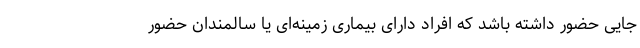
جایی حضور داشته باشد که افراد دارای بیماری زمینه‌ای یا سالمندان حضور